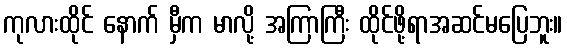
ကုလားထိုင် နောက် မှီက မာလို့ အကြာကြီး ထိုင်ဖို့ရာအဆင်မပြေဘူး။